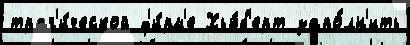
траг'и́ческой ф'и́рм'е Хью́б'ерт запо́лн'ить